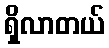
ရှိလာတယ်